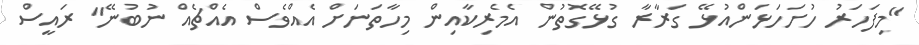
"މިފަހަރު ހުށަހަޅަންއުޅޭ ގަރާރާ ގުޅޭގޮތުން އެމެރިކާއިން މިހާތަނަށް އެއްވެސް އެއްޗެއް ނުބުނޭ" ރައީސް